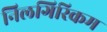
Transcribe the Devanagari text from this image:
निलगिरिकम